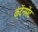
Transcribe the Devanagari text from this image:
कंटेंनमेंट